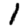
Digit: 1